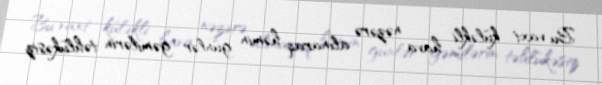
Bu vaxt küləkli hava nəzərə alınaraq həmin günlər gəmilərin təhlükəsiz